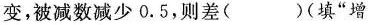
变，被减数减少0.5，则差( )(填”增